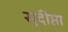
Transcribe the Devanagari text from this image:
सुदीप्ता